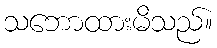
သဘောထားမိသည်။